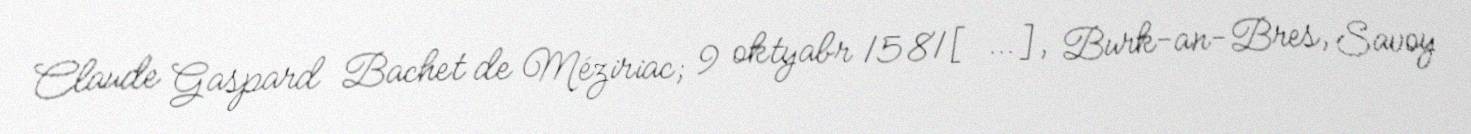
Claude Gaspard Bachet de Méziriac; 9 oktyabr 1581[…], Burk-an-Bres, Savoy